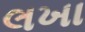
લખા